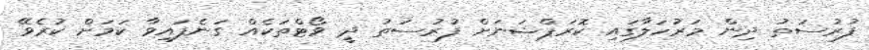
ފުރުސަތު ދިން މަރުހަލާގައި ކޮރަޕްޝަނަށް ފުރުސަތު ދީ ވޯޓްތަކެއް ގަނެފައިވާ ކަމަށް ކުރެވޭ